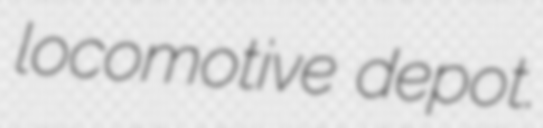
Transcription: locomotive depot.